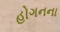
હોગનના